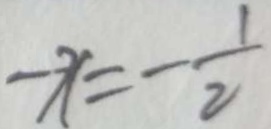
- x = - \frac { 1 } { 2 }